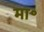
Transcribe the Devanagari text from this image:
मा॰